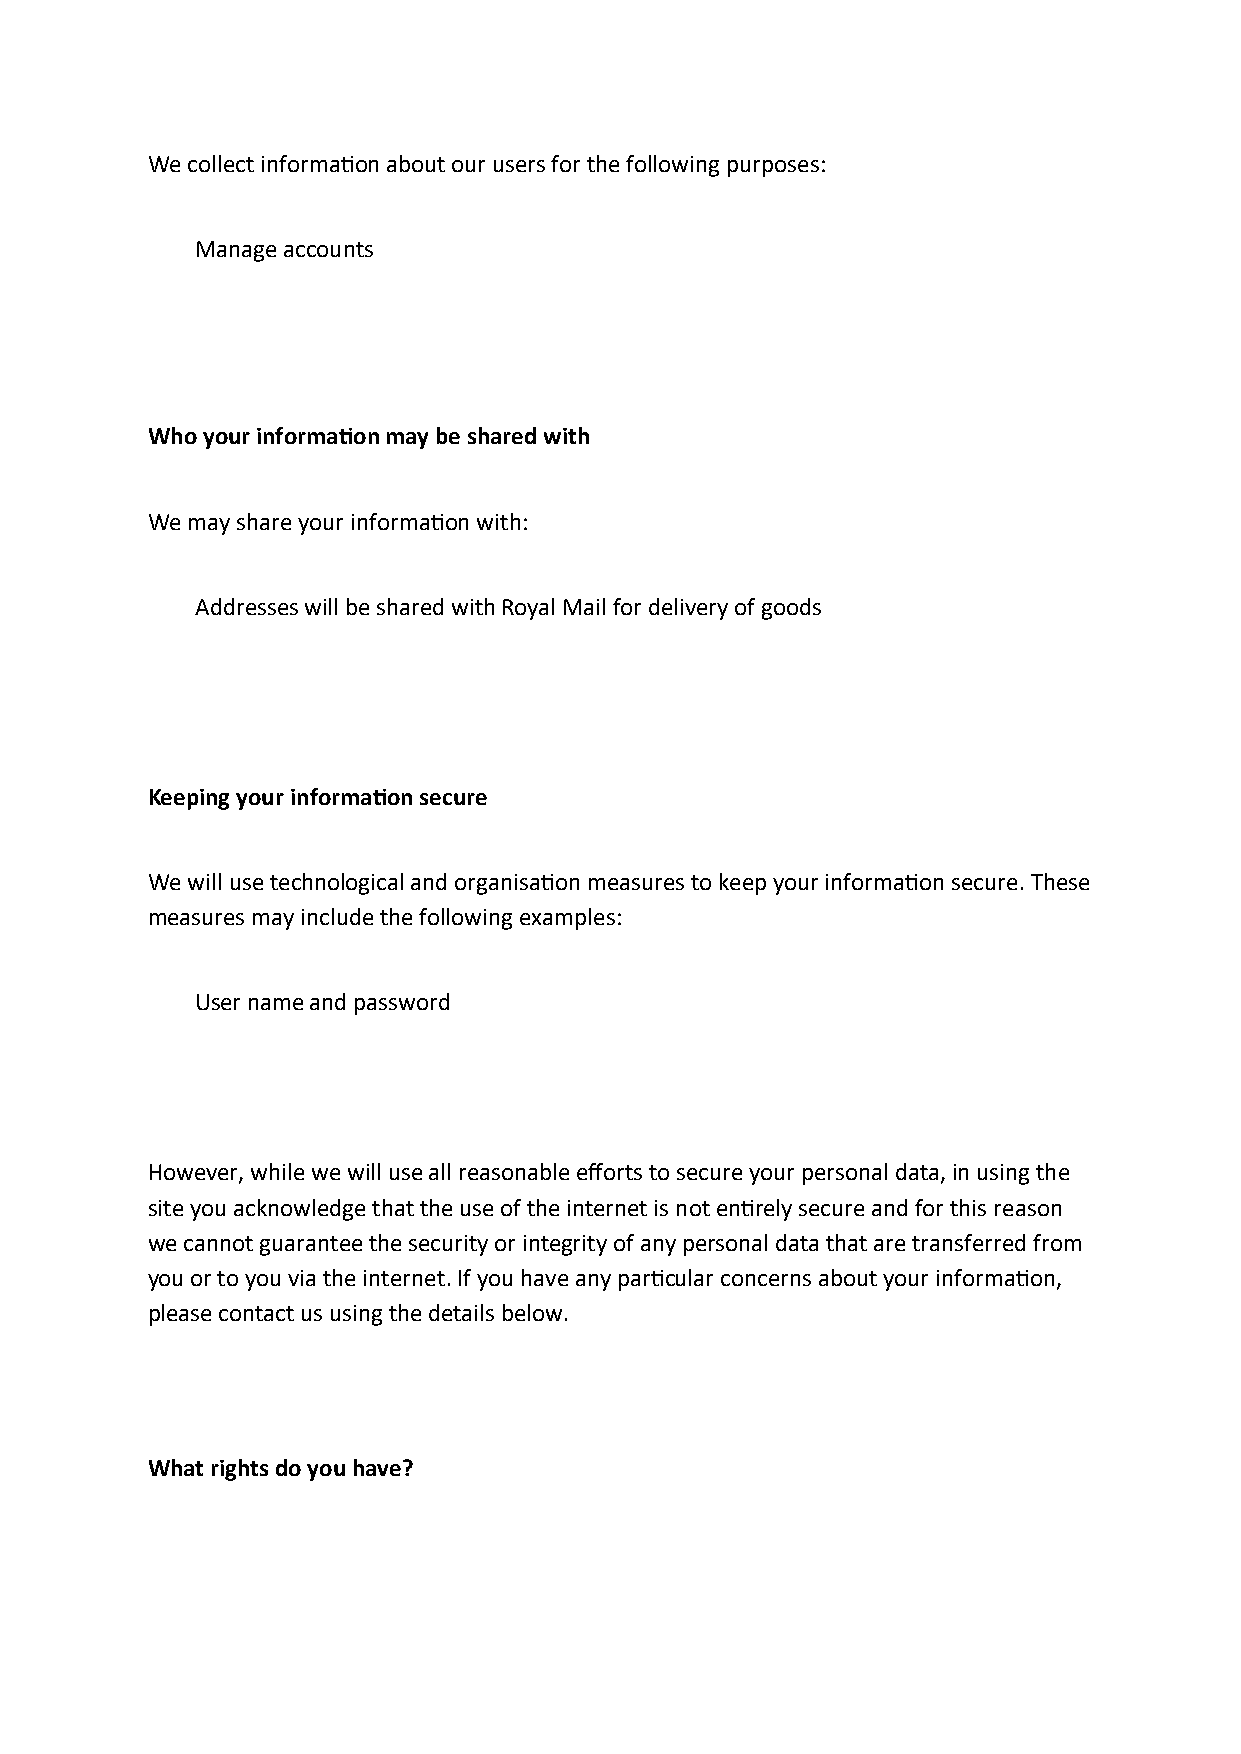
We collect informa�on about our users for the following purposes:
 Manage accounts
 Who your informa�on may be shared with
 We may share your informa�on with:
 Addresses will be shared with Royal Mail for delivery of goods
 Keeping your informa�on secure
 We will use technological and organisa�on measures to keep your informa�on secure. These
 measures may include the following examples:
 User name and password
 However, while we will use all reasonable efforts to secure your personal data, in using the
 site you acknowledge that the use of the internet is not en�rely secure and for this reason
 we cannot guarantee the security or integrity of any personal data that are transferred from
 you or to you via the internet. If you have any par�cular concerns about your informa�on,
 please contact us using the details below.
 What rights do you have?